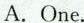
A. One.